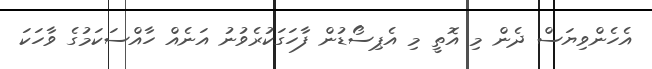
އެހެންވިޔަސް ދެން މި އޮތީ މި އެޕިސޯޑުން ފާހަގަކުރެވުނު އަނެއް ހާއްސަކަމުގެ ވާހަކަ